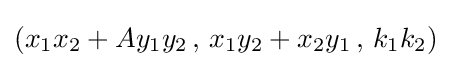
(x_{1}x_{2}+Ay_{1}y_{2}\,,\,x_{1}y_{2}+x_{2}y_{1}\,,\,k_{1}k_{2})